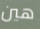
هين